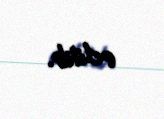
edilib.